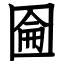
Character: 圇